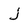
Character: j